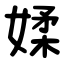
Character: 媃